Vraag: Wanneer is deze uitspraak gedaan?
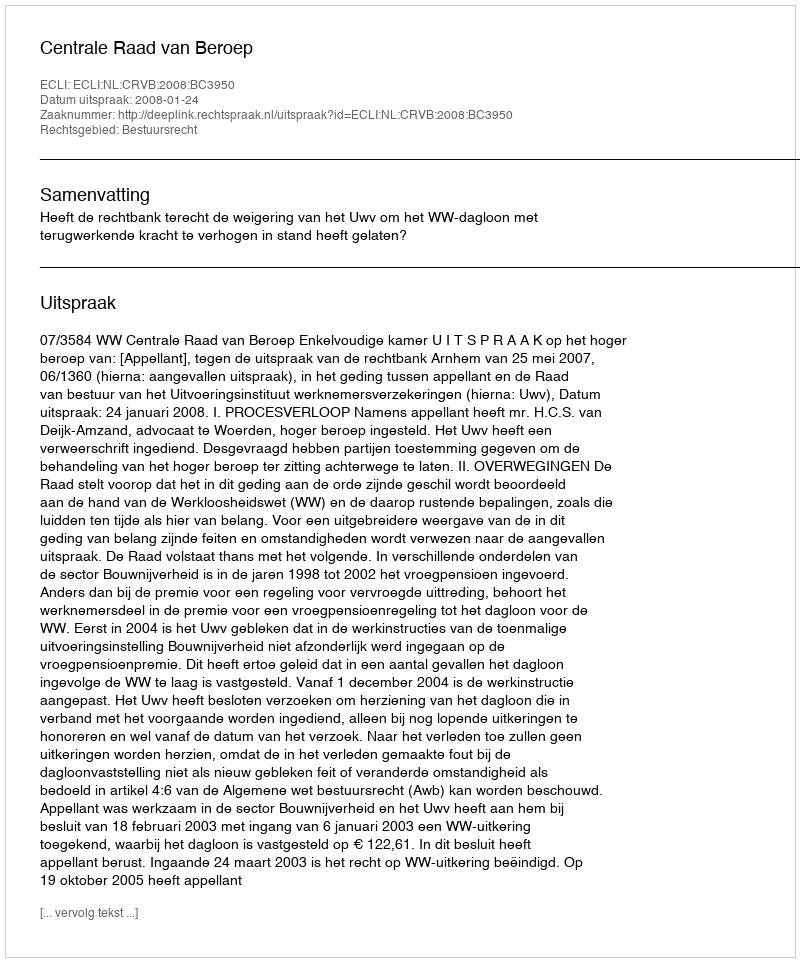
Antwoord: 2008-01-24